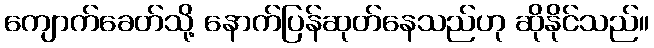
ကျောက်ခေတ်သို့ နောက်ပြန်ဆုတ်နေသည်ဟု ဆိုနိုင်သည်။